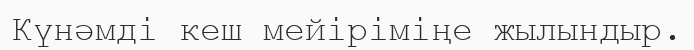
Күнәмді кеш мейіріміңе жылындыр.